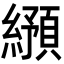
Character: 𬘂